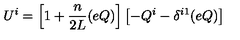
U ^ { i } = \left[ 1 + \frac { n } { 2 L } ( e Q ) \right] \left[ - Q ^ { i } - \delta ^ { i 1 } ( e Q ) \right]